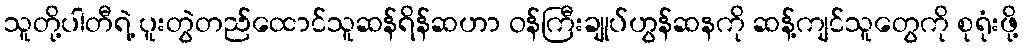
သူတို့ပါတီရဲ့ ပူးတွဲတည်ထောင်သူဆန်ရိန်ဆဟာ ဝန်ကြီးချုပ်ဟွန်ဆနကို ဆန့်ကျင်သူတွေကို စုရုံးဖို့